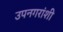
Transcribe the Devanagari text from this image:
उपनगरांशी